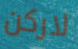
لاركن